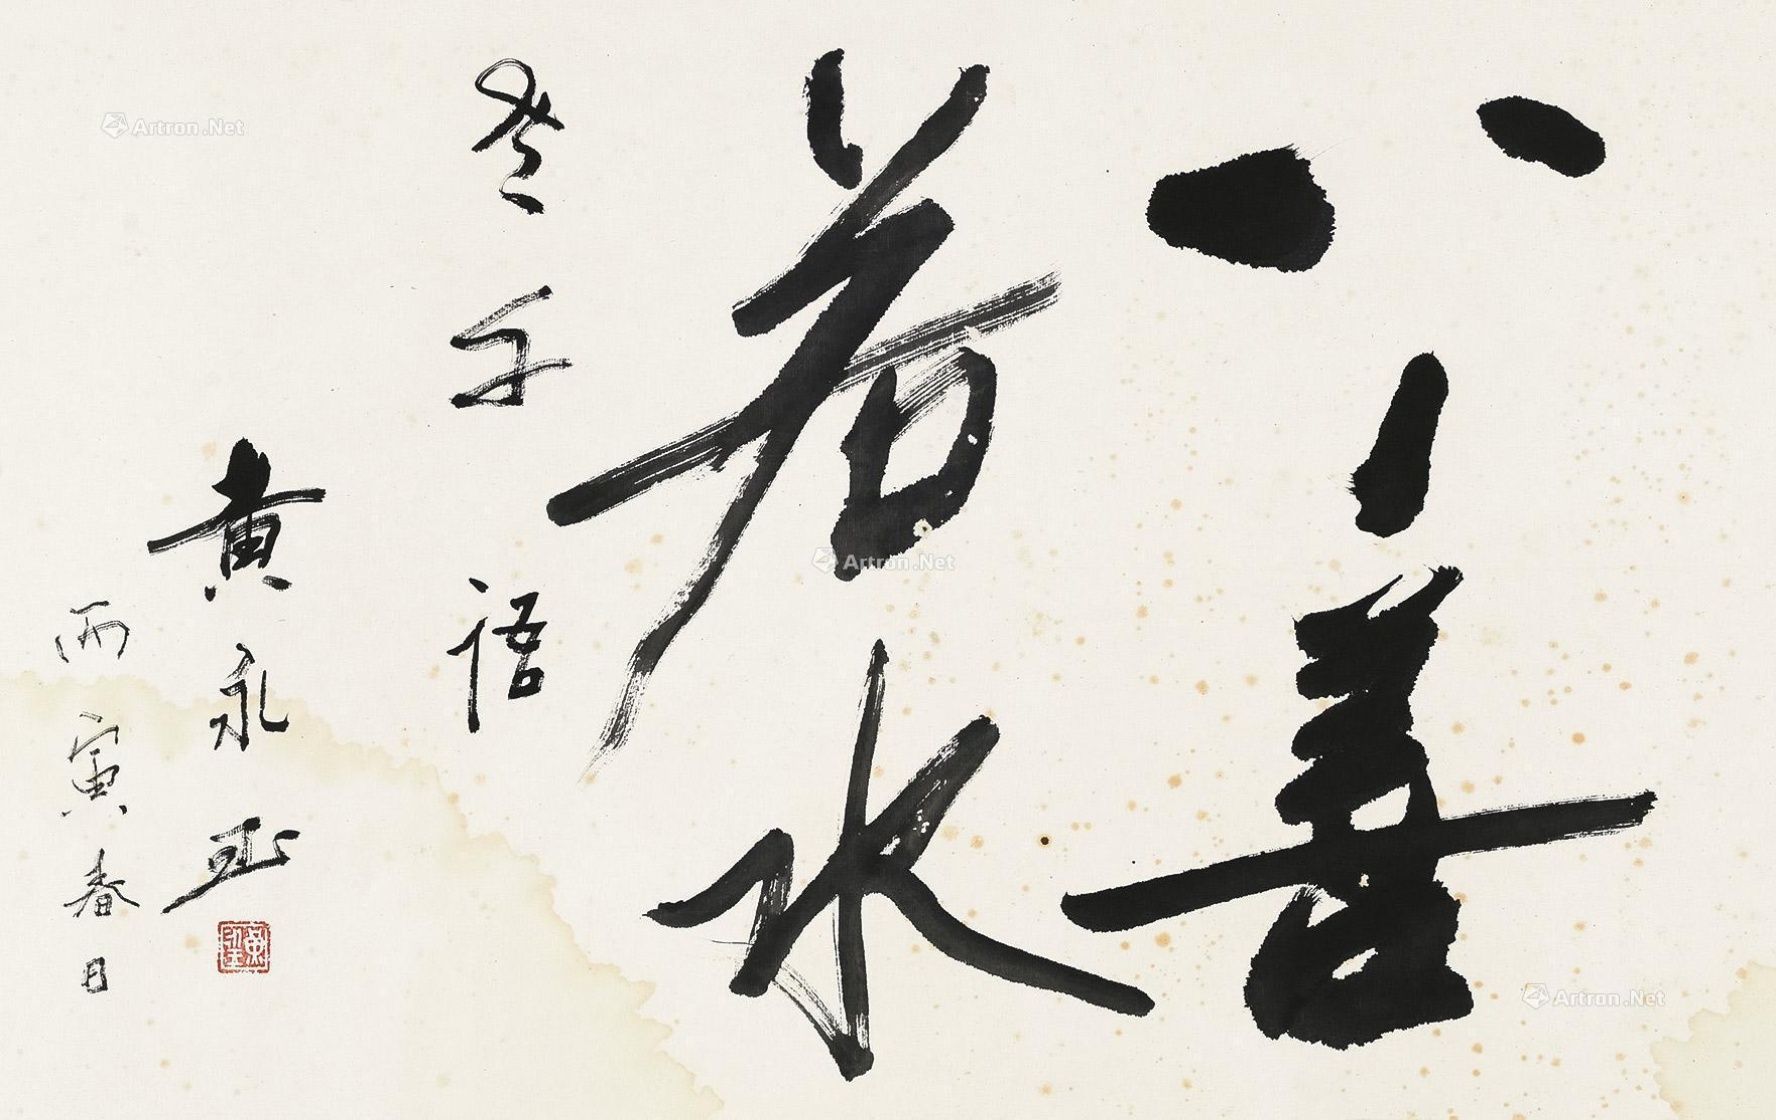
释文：上善若水。老子语，黄永玉丙寅春日。